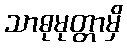
သာဓုမုတ္တာမှိ